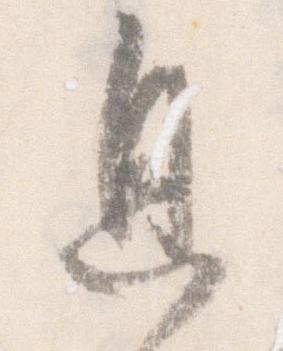
息